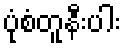
ပုံစံတူနီးပါး